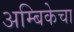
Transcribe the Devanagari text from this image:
अम्बिकेचा